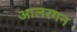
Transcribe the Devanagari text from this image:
आलरगन